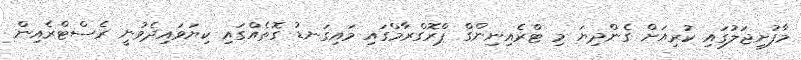
މާފުށީޖަލުގައި ކުރިއަށް ގެންދިޔަ މި ޓްރެއިނިންގް ޕްރޮގްރާމްގައި މައިގަނޑު ގޮތެއްގައި ކިޔަވައިދެވުނީ ރެސްޓްރެއިން